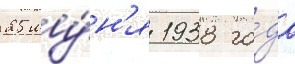
25 иу́н'я 1938 го́да